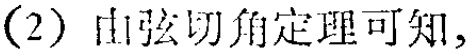
(2) 由弦切角定理可知，